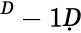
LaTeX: ^Ḋ-1Ḍ